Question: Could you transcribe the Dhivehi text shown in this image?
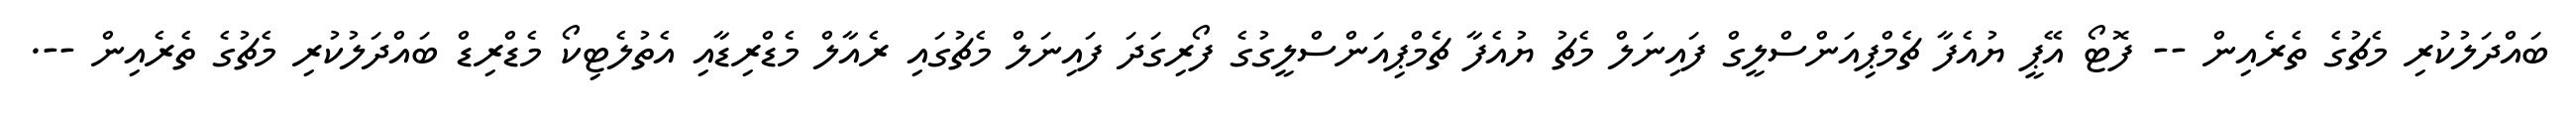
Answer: ބައްދަލުކުރި މެޗުގެ ތެރެއިން -- ފޮޓޯ އޭޕީ ޔުއެފާ ޗެމްޕިއަންސްލީގް ފައިނަލް މެޗު ޔުއެފާ ޗެމްޕިއަންސްލީގުގެ ފޯރިގަދަ ފައިނަލް މެޗުގައި ރެއާލް މެޑްރިޑާއި އެތުލެޓިކޯ މެޑްރިޑް ބައްދަލުކުރި މެޗުގެ ތެރެއިން --.